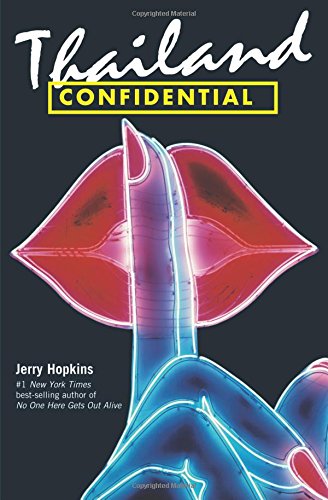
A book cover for Thailand Confidential; Jerry Hopkins; Travel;